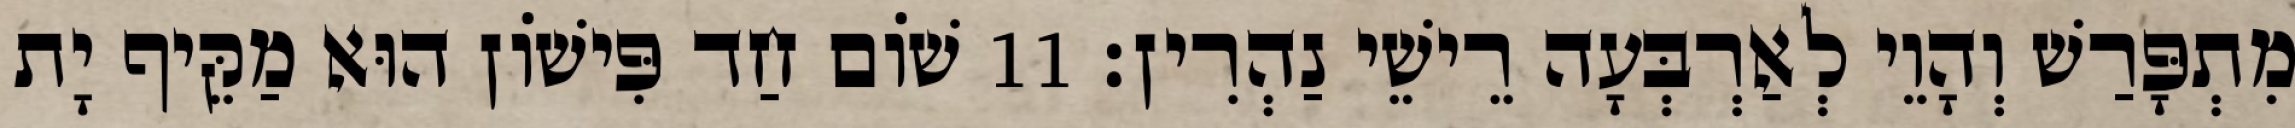
מִתְפָּרַשׁ וְהָוֵי לְאַרְבְּעָה רֵישֵׁי נַהְרִין׃ 11 שׁוֹם חַד פִּישׁוֹן הוּא מַקֵּיף יָת